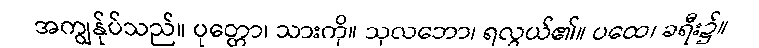
အကျွန်ုပ်သည်။ ပုတ္တော၊ သားကို။ သုလဘော၊ ရလွယ်၏။ ပထေ၊ ခရီး၌။